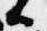
候